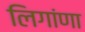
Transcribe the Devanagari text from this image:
लिगांणा